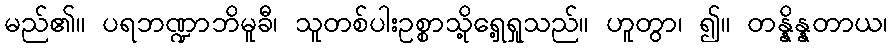
မည်၏။ ပရဘဏ္ဍာဘိမူခီ၊ သူတစ်ပါးဥစ္စာသို့ရှေ့ရှုသည်။ ဟူတွာ၊ ၍။ တန္နိန္နတာယ၊